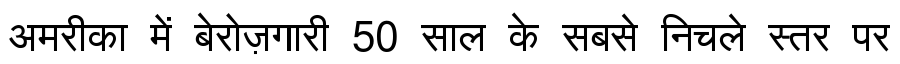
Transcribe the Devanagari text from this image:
अमरीका में बेरोज़गारी 50 साल के सबसे निचले स्तर पर